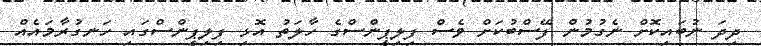
ދިދަ ނުބައިކޮށް ނެގުމުން ފޭސްބުކަށް ވެސް ފިލިޕީންސްގެ ހާލަތު އޮޅި ފިލިޕީންސްގައި ހަނގުރާމައެއް